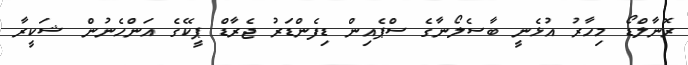
ރޮނާލްޑޯ މިހާރު އުޅެނީ ބާސެލޯނާގެ ސްޕެއިން ޑިފެންޑަރު ޖެރާޑް ޕީކޭގެ އަންހެނުން ޝަކީރާ